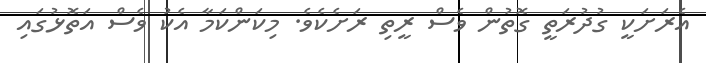
އެރަށަކީ ގުދުރަތީ ގޮތުން ވެސް ރީތި ރަށެކެވެ. މިކަންކަމާ އެކު ވެސް އަތޮޅުގައި